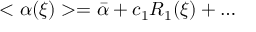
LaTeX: < \alpha ( \xi ) > = \bar { \alpha } + c _ { 1 } R _ { 1 } ( \xi ) + \ldots